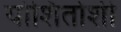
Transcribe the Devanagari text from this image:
योशितोशी